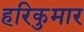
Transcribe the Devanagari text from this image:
हरिकुमार